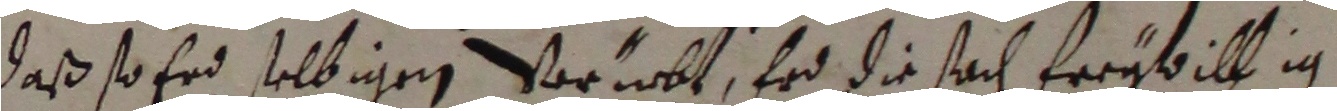
daß so erd selbigen vor mbt, erd die sach freybilt ig